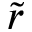
\tilde { r }